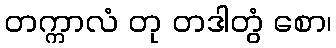
တက္ကာလံ တု တဒါတွံ စော၊